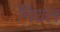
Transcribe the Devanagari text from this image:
मिथल